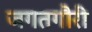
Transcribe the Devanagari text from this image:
जगतगौरी